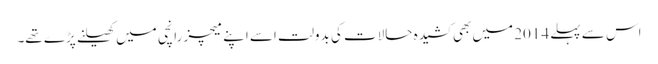
اس سے پہلے 2014 میں بھی کشیدہ حالات کی بدولت اسے اپنے میچز رانچی میں کھیلنے پڑے تھے۔